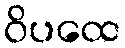
ဝိပထေ